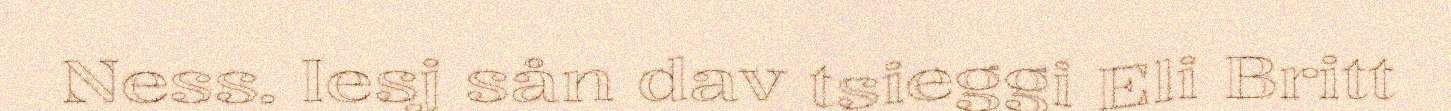
Ness. Iesj sån dav tsieggi Eli Britt